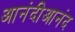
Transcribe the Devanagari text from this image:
आनंदीआनंद